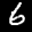
Label: 6